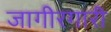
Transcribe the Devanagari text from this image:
जागीरगारी